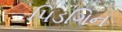
પિડગિન